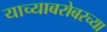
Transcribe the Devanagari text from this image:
याच्याबरोबरच्या